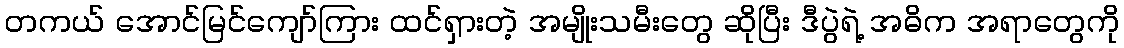
တကယ် အောင်မြင်ကျော်ကြား ထင်ရှားတဲ့ အမျိုးသမီးတွေ ဆိုပြီး ဒီပွဲရဲ့ အဓိက အရာတွေကို